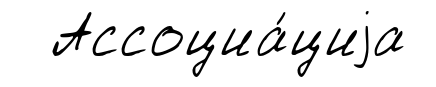
Ассоциа́циjа